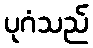
ပုဂံသည်